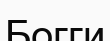
Богги